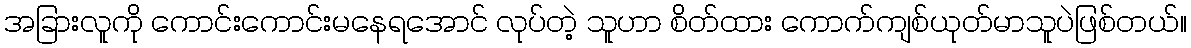
အခြားလူကို ကောင်းကောင်းမနေရအောင် လုပ်တဲ့ သူဟာ စိတ်ထား ကောက်ကျစ်ယုတ်မာသူပဲဖြစ်တယ်။